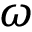
\omega